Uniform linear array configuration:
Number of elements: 8
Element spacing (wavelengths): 1
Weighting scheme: kaiser
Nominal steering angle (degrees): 15
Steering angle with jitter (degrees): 16.595
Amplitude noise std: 0.05
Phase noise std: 0.05

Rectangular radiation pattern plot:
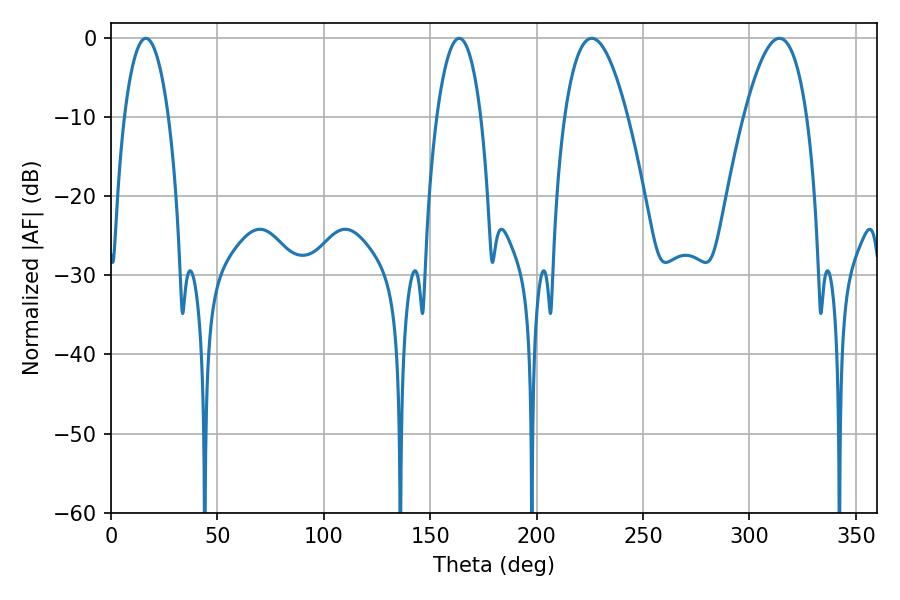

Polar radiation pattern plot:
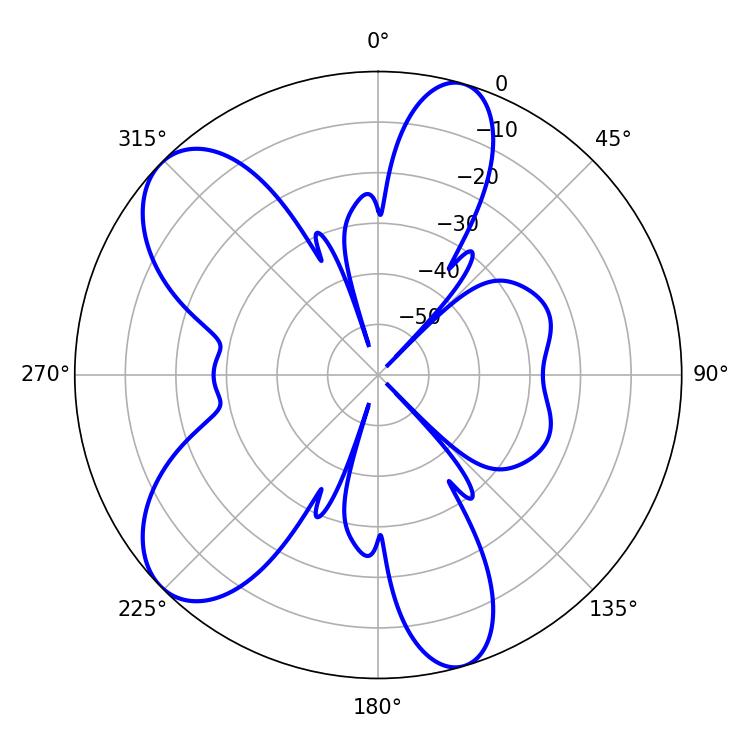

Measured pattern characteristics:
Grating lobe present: TRUE
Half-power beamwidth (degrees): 16.38
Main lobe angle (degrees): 225.9